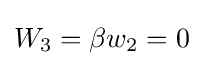
W_{3}=\beta w_{2}=0